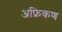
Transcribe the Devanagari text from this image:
अफ्रिकण